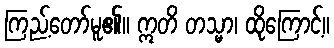
ကြည့်တော်မူ၏။ ဣတိ တသ္မာ၊ ထိုကြောင့်။